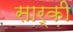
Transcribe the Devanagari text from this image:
सार्की